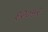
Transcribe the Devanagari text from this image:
१२०५२